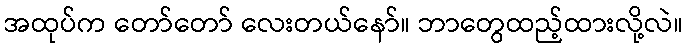
အထုပ်က တော်တော် လေးတယ်နော်။ ဘာတွေထည့်ထားလို့လဲ။